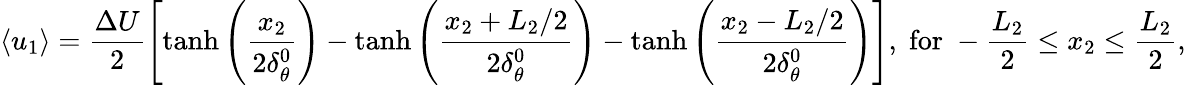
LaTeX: \left\langle{{u_{1}}}\right\rangle=\frac{{\Delta U}}{2}\left[{\operatorname{tanh}\left({\frac{{{x_{2}}}}{{2\delta_{\theta}^{0}}}}\right)-\operatorname{tanh}\left({\frac{{{x_{2}}+{L_{2}}/2}}{{2\delta_{\theta}^{0}}}}\right)-\operatorname{tanh}\left({\frac{{{x_{2}}-{L_{2}}/2}}{{2\delta_{\theta}^{0}}}}\right)}\right],\; \mathrm{{for}}\; -\frac{L_{2}}{2}\le{x_{2}}\le\frac{L_{2}}{2},